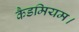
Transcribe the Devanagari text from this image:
कैडमियम।